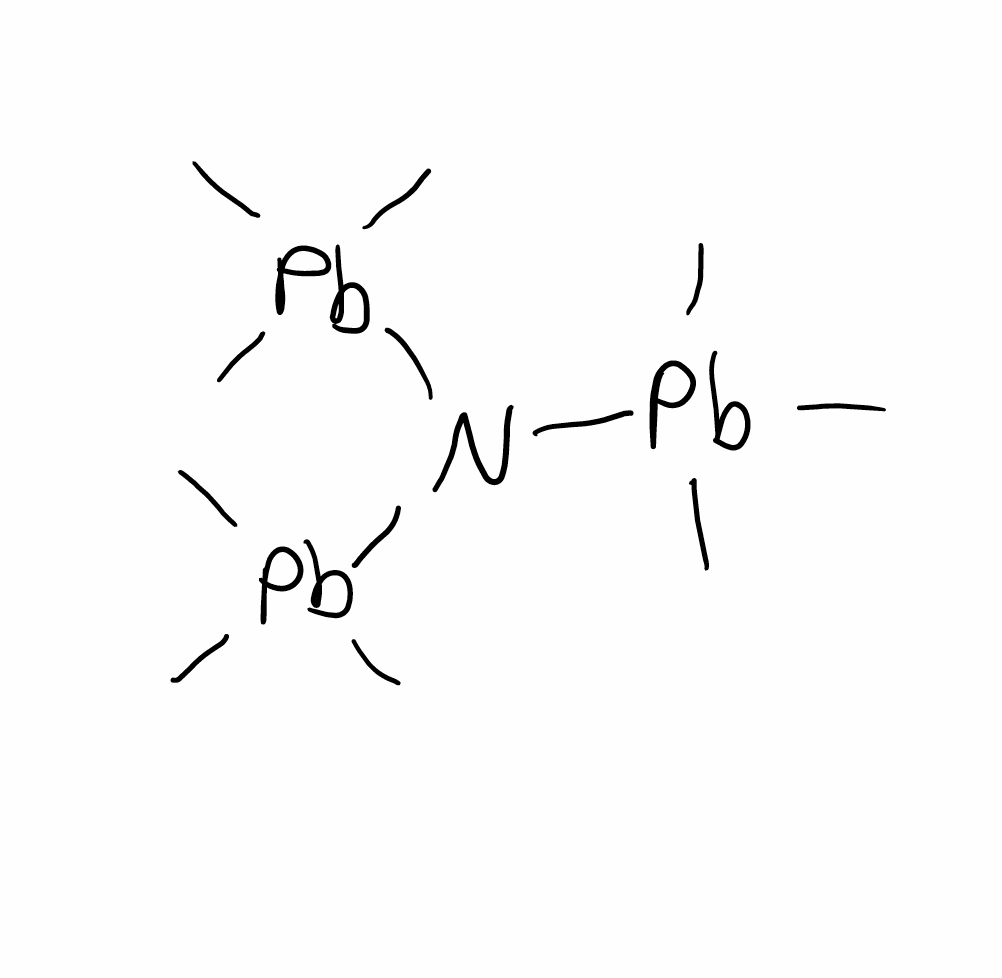
Simplified molecular-input line-entry system (SMILES) notation of the given molecule:
C[Pb](C)(C)N([Pb](C)(C)C)[Pb](C)(C)C